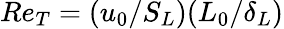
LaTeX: Re_{T}=(u_{0}/S_{L})(L_{0}/\delta_{L})